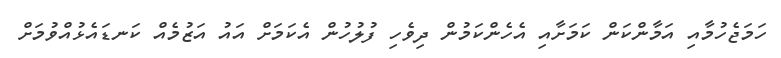
ހަމަޖެހުމާއި އަމާންކަން ކަމަށާއި އެހެންކަމުން ދިވެހި ފުލުހުން އެކަމަށް އައު އަޒުމެއް ކަނޑައެޅުއްވުމަށް